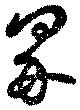
界